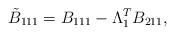
LaTeX: \begin{align*}\tilde{B}_{111}=B_{111}-\Lambda_1^T B_{211},\end{align*}